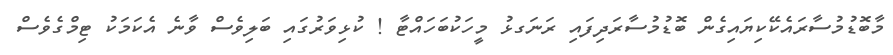
މާބޮޑުމުސާރައެކޭކިޔައިގެން ބޮޑުމުސާރަދިފައި ރަނަގޅު މީހަކުބަހައްޓާ ! ކުޅިވަރުގައި ބަލިވެސް ވާނެ އެކަމަކު ޓިމްގެވެސް